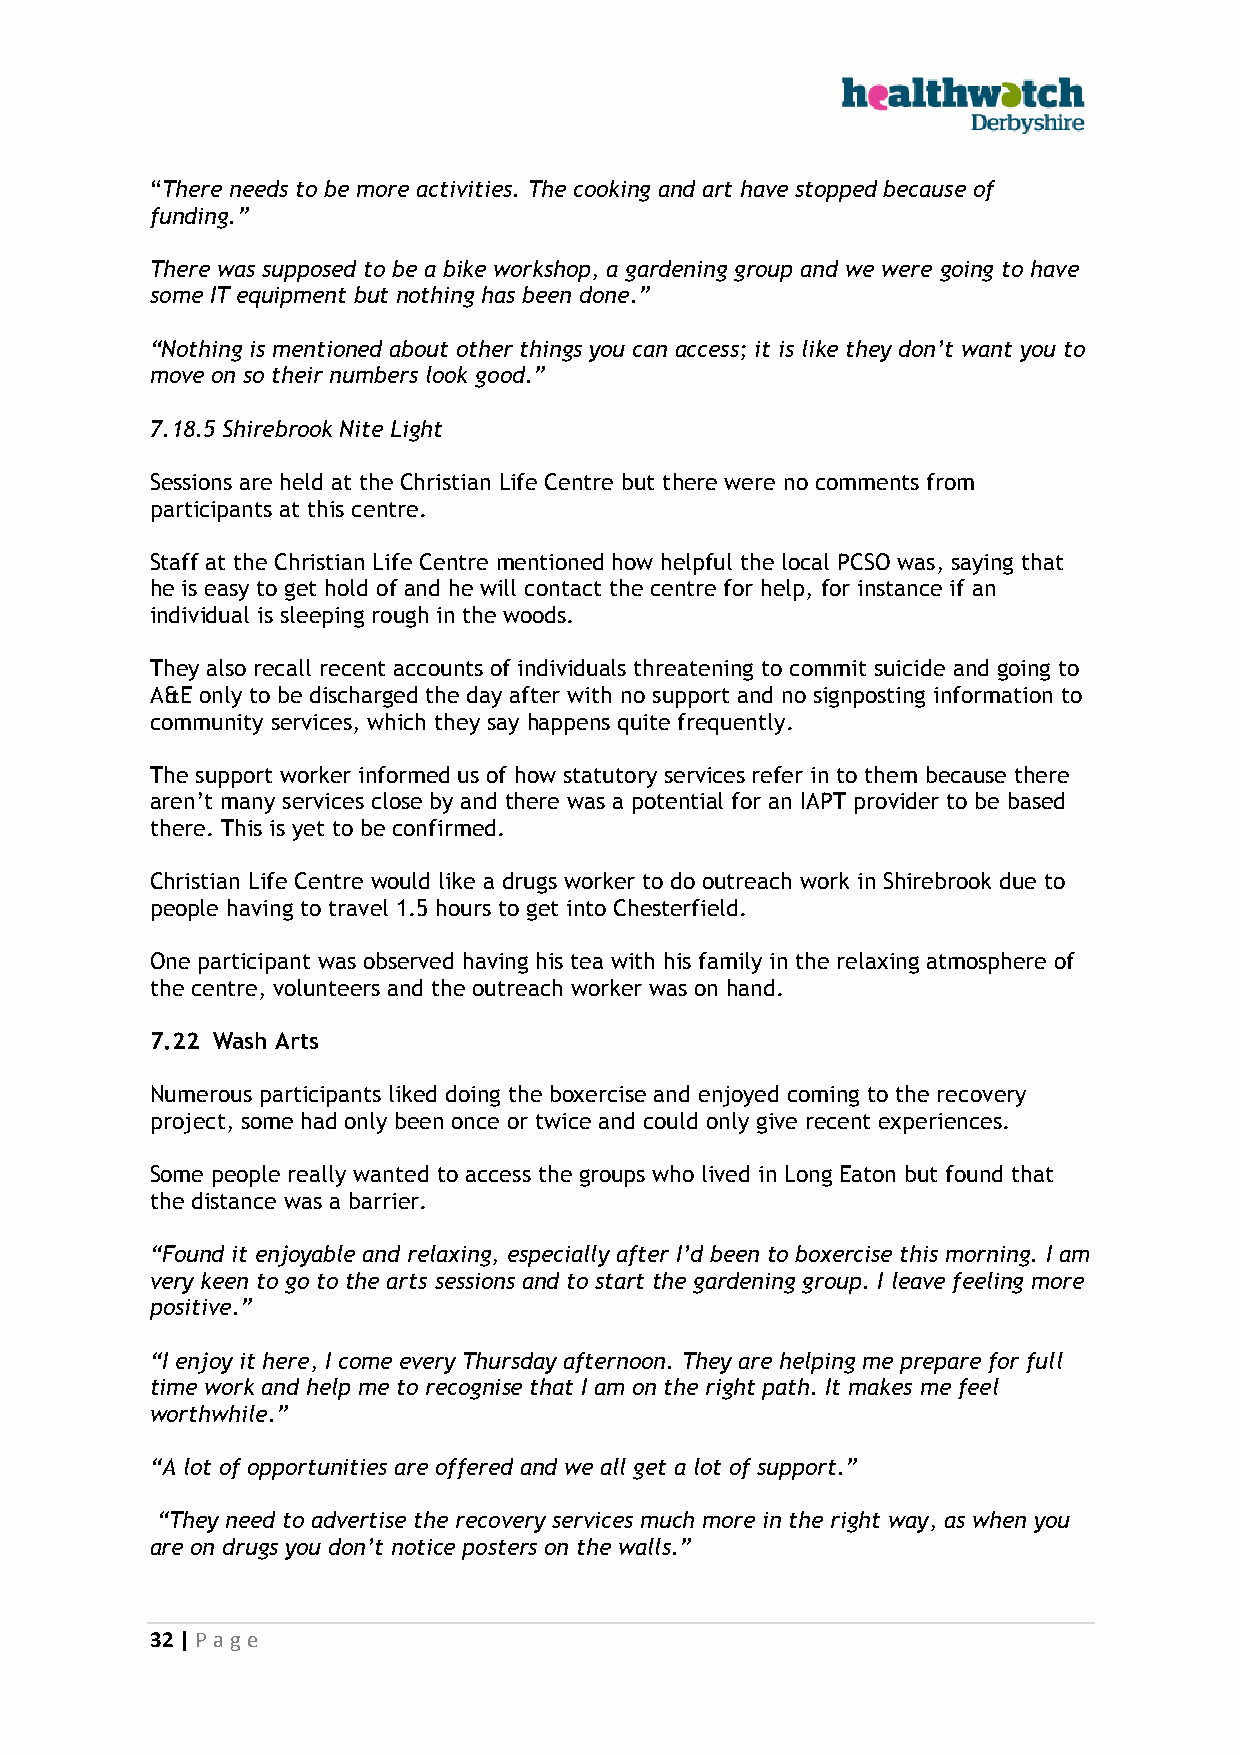
“There needs to be more activities. The cooking and art have stopped because of
 funding.”
 There was supposed to be a bike workshop, a gardening group and we were going to have
 some IT equipment but nothing has been done.”
 “Nothing is mentioned about other things you can access; it is like they don’t want you to
 move on so their numbers look good.”
 7.18.5 Shirebrook Nite Light
 Sessions are held at the Christian Life Centre but there were no comments from
 participants at this centre.
 Staff at the Christian Life Centre mentioned how helpful the local PCSO was, saying that
 he is easy to get hold of and he will contact the centre for help, for instance if an
 individual is sleeping rough in the woods.
 They also recall recent accounts of individuals threatening to commit suicide and going to
 A&E only to be discharged the day after with no support and no signposting information to
 community services, which they say happens quite frequently.
 The support worker informed us of how statutory services refer in to them because there
 aren’t many services close by and there was a potential for an IAPT provider to be based
 there. This is yet to be confirmed.
 Christian Life Centre would like a drugs worker to do outreach work in Shirebrook due to
 people having to travel 1.5 hours to get into Chesterfield.
 One participant was observed having his tea with his family in the relaxing atmosphere of
 the centre, volunteers and the outreach worker was on hand.
 7.22 Wash Arts
 Numerous participants liked doing the boxercise and enjoyed coming to the recovery
 project, some had only been once or twice and could only give recent experiences.
 Some people really wanted to access the groups who lived in Long Eaton but found that
 the distance was a barrier.
 “Found it enjoyable and relaxing, especially after I’d been to boxercise this morning. I am
 very keen to go to the arts sessions and to start the gardening group. I leave feeling more
 positive.”
 “I enjoy it here, I come every Thursday afternoon. They are helping me prepare for full
 time work and help me to recognise that I am on the right path. It makes me feel
 worthwhile.”
 “A lot of opportunities are offered and we all get a lot of support.”
 “They need to advertise the recovery services much more in the right way, as when you
 are on drugs you don’t notice posters on the walls.”
 32 | P age